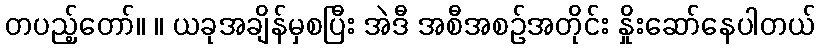
တပည့်တော်။ ။ ယခုအချိန်မှစပြီး အဲဒီ အစီအစဉ်အတိုင်း နှိုးဆော်နေပါတယ်